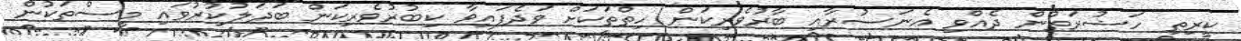
ކީރިތި ހަޟުރަތުން ދެއްވި އެނަސުރާއި ބާރުވެރިކަން ހިތްތަކަށް ވަދެފައިވާ ކިބުރުވެރިކަން ބަދަލުކުރުވައި މީސްތަކުން